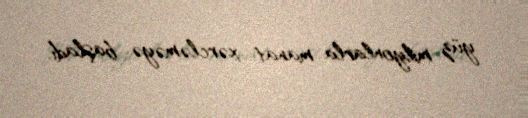
yüz milyonlarla manat xərcləməyə başladı.